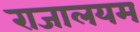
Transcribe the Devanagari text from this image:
राजालयम